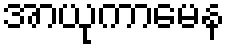
အာယုကာမေန